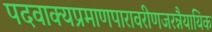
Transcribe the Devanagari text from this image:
पदवाक्यप्रमाणपारावरीणजरन्नैयायिक